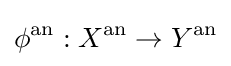
\phi ^{\mathrm {an} }:X^{\mathrm {an} }\to Y^{\mathrm {an} }